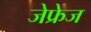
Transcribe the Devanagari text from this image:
जेफ्रेज